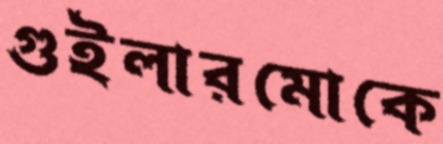
গুইলারমোকে